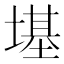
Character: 𪤏